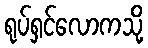
ရုပ်ရှင်လောကသို့